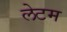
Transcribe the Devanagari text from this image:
लेटम